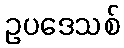
ဥပဒေသစ်